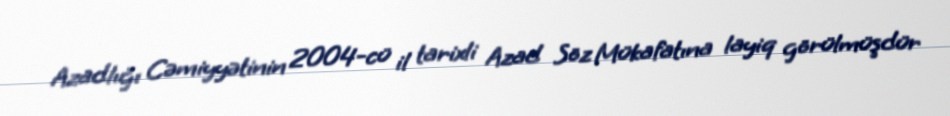
Azadlığı Cəmiyyətinin 2004-cü il tarixli Azad Söz Mükafatına layiq görülmüşdür